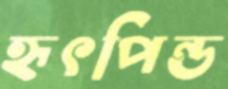
হৃৎপিন্ড